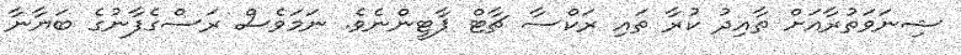
ޝިނަވަތުރާއަށް ތާއިދު ކުރާ ތައި ރަކްސާ ޗާޓް ޕާޓީންނެވެ. ނަމަވެސް ރަސްގެފާނުގެ ބަޔާނާ